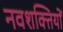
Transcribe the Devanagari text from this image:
नवशक्तियों